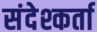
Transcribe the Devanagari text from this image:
संदेश्कर्ता